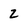
Character: 2